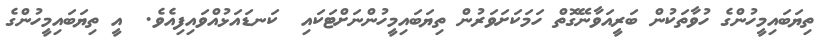
ތިޔަބައިމީހުންގެ ހުވާތަކުން ބަރީއަވާނޭގޮތް ހަމަކަށަވަރުން ތިޔަބައިމީހުންނަށްޓަކައި  ކަނޑައަޅުއްވައިފިއެވެ.  އީ ތިޔަބައިމީހުންގެ